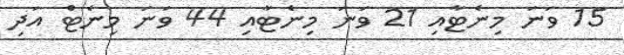
15 ވަނަ މިނެޓާއި 21 ވަނަ މިނެޓާއި 44 ވަނަ މިނެޓް އަދި